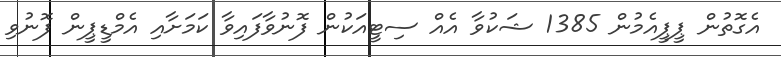
އެގޮތުން ޕީޕީއެމުން 1385 ޝަކުވާ އެއް ސިޓީއަކުން ފޮނުވާފައިވާ ކަމަށާއި އެމްޑީޕީން ފޮނުވި